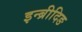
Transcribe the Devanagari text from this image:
इन्ब्रीदिङ